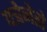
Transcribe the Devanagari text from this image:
पत्रेनेतो